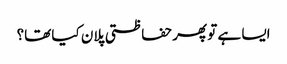
ایسا ہے تو پھر حفاظتی پلان کیا تھا؟